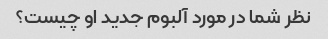
نظر شما در مورد آلبوم جدید او چیست؟